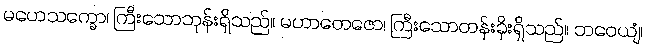
မဟေသက္ခော၊ ကြီးသောဘုန်းရှိသည်။ မဟာတေဇော၊ ကြီးသောတန်းခိုးရှိသည်။ ဘဝေယျံ၊